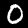
Digit: 0